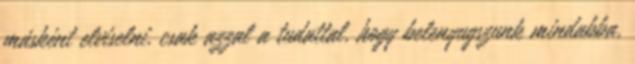
másként elviselni, csak azzal a tudattal, hogy belenyugszunk mindabba,